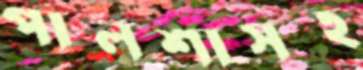
পালশাসহ